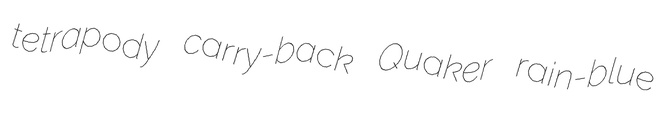
tetrapody carry-back Quaker rain-blue